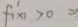
f ^ { \prime } ( x ) > 0 =